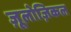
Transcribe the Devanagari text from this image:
ज़ूलोज़िकल